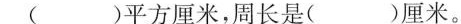
()平方厘米，周长是( )厘米。